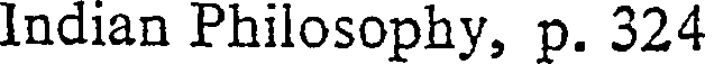
Indian Philosophy, p. 324